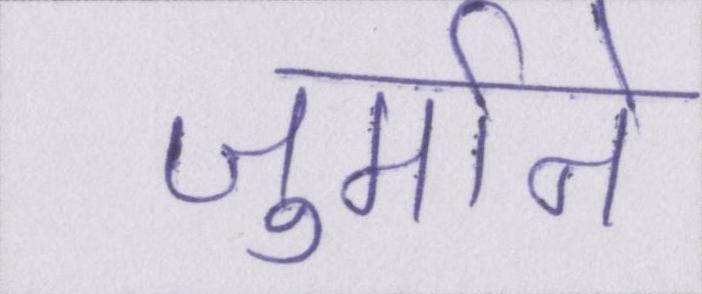
जुर्माने